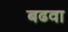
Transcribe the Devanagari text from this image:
बढवा